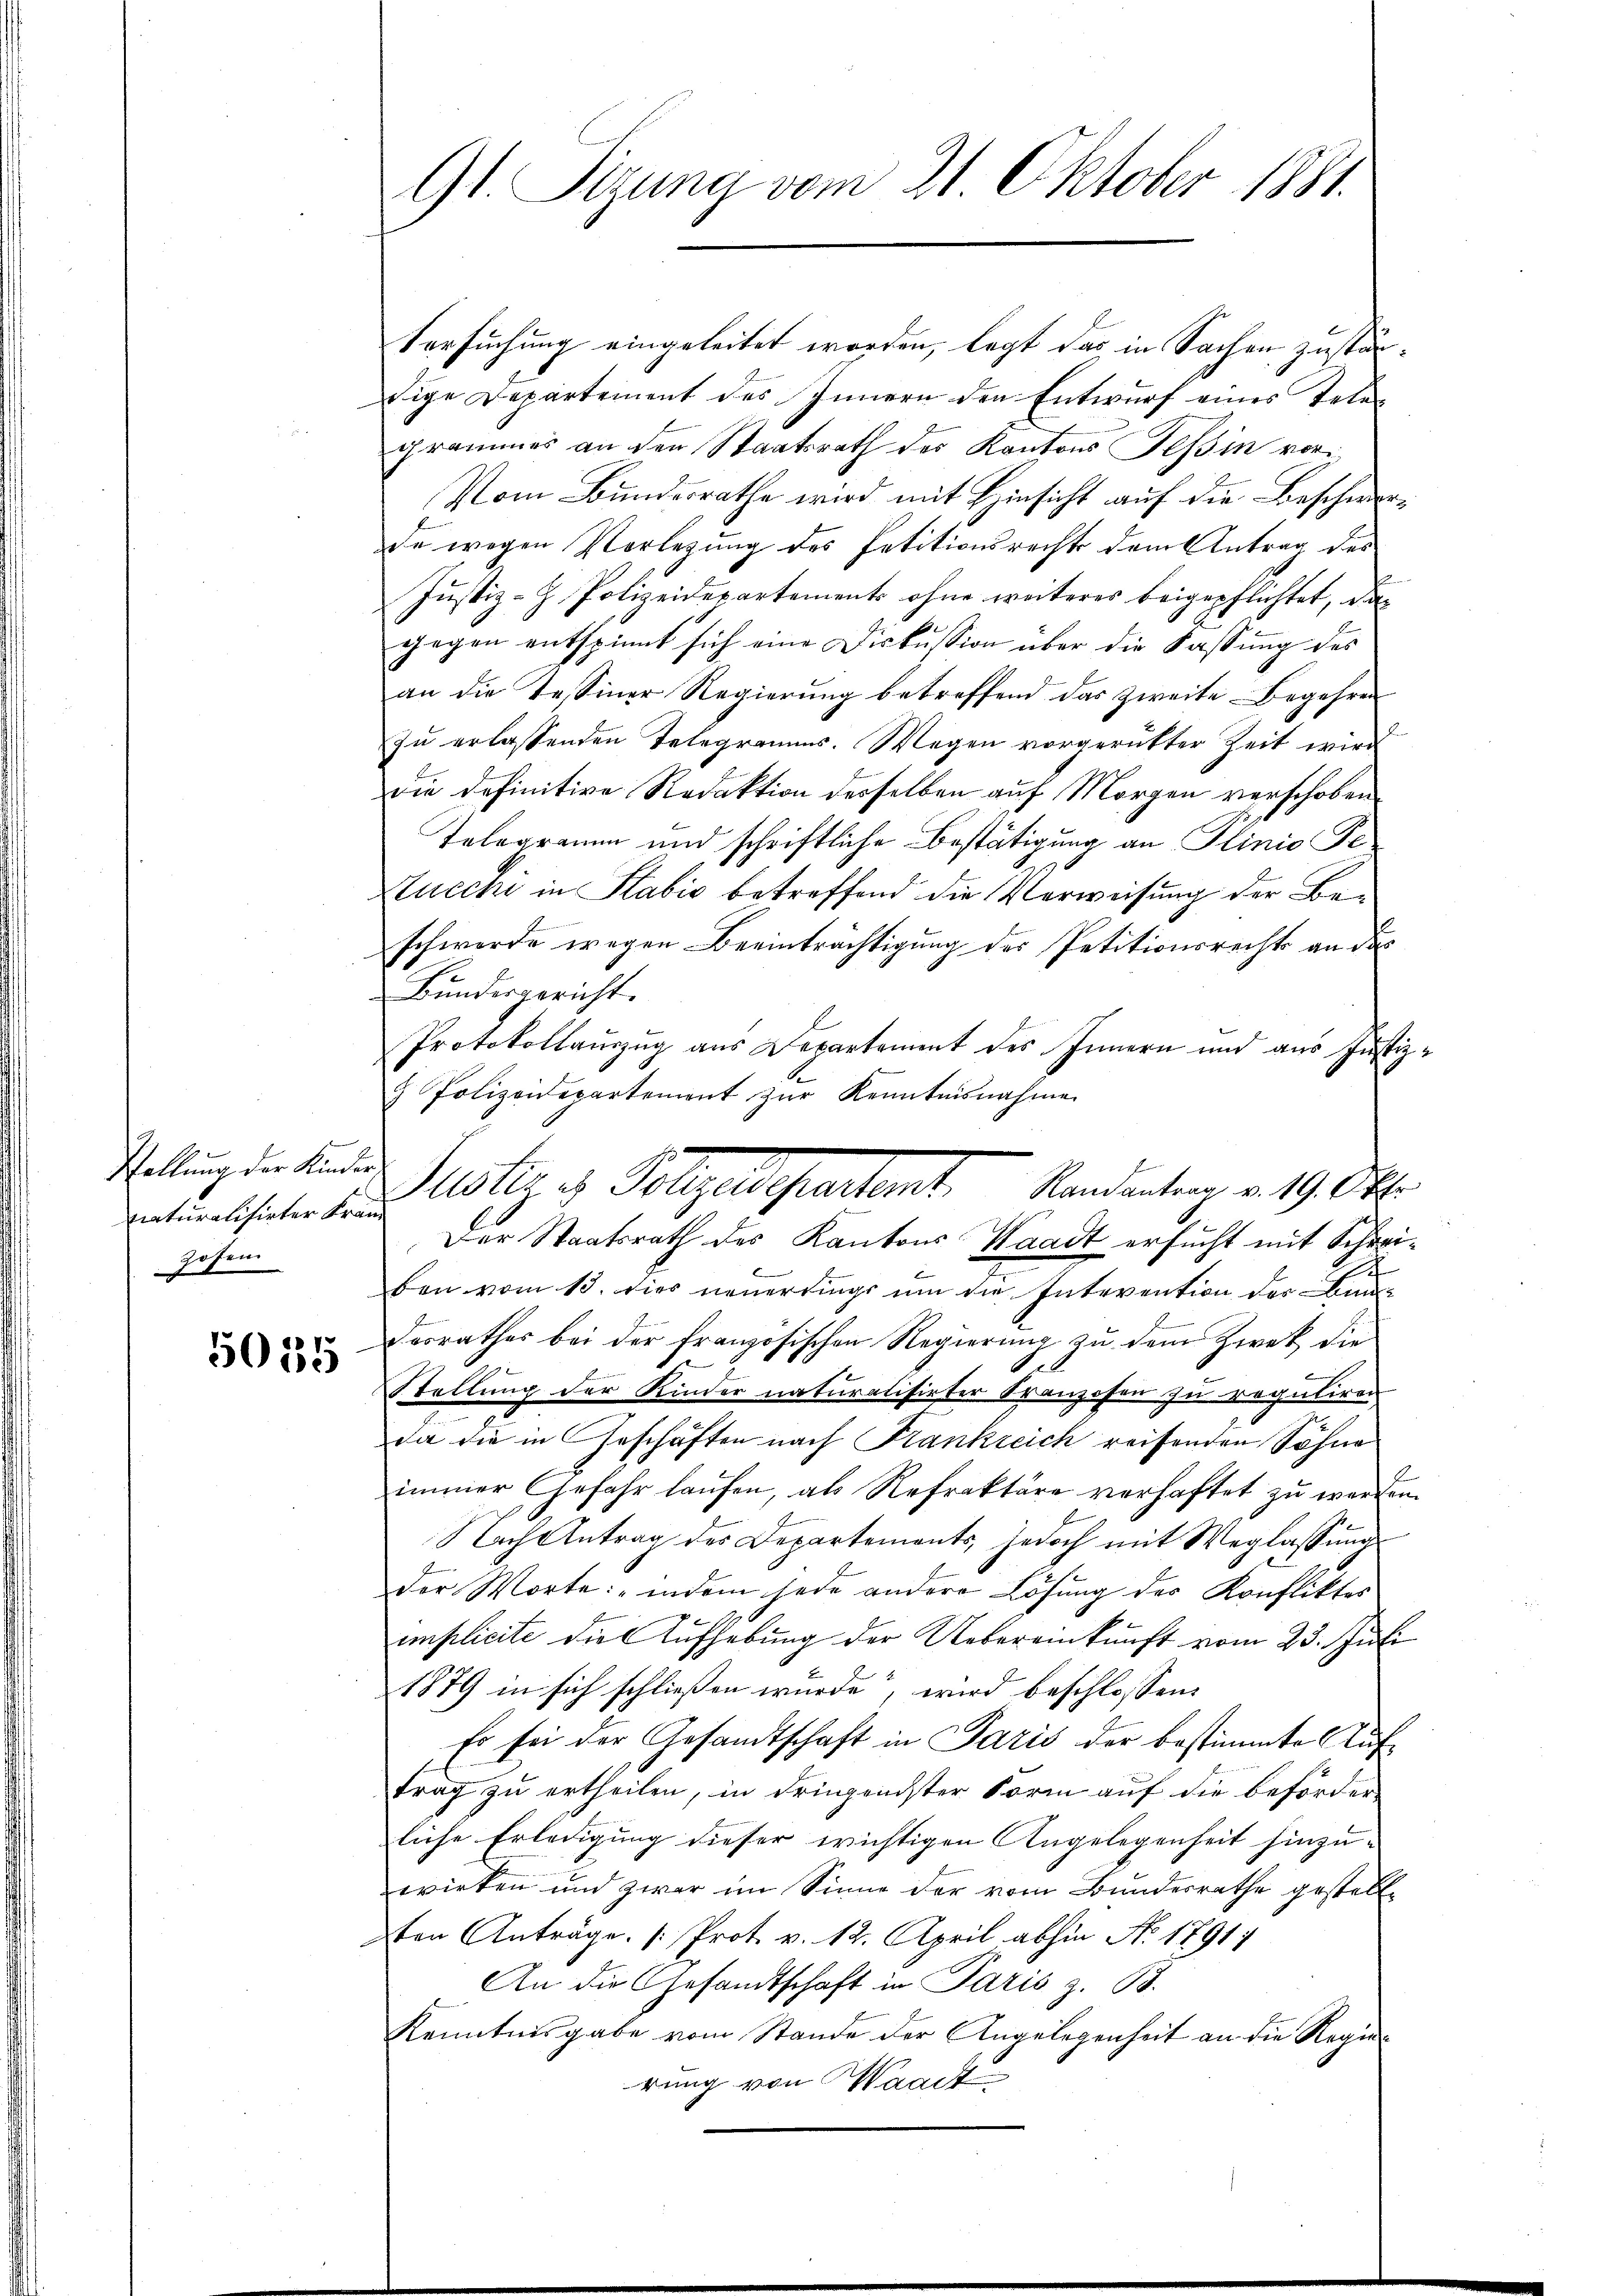
Stellung der Kinder
naturalisirter Fran
Hosen

5035

Versuchung eingeleitet worden, legt das in Sachen zuständige Departement des Innern den Entwurf eines Telegrammes an den Staatsrath des Kantons Tessin vori¬
Vom Bundesrathe wird mit Hinsicht auf die Beschwerde wegen Vorlegung des Petitionsrechts dem Antrag des
Justiz-H. Polizeidepartements ohne weiteres beigepflichtet, die
gegen entspinnt sich eine Diskussion über die Fassung des
an die Tessiner Regierŭng betreffend das zweite Begehren
zu erlassenden Telegramms. Wegen vorgerütter Zeit wird
die definitive Redaktion desselben auf Morgen verschoben.
Telegramm und schriftliche Bestätigung an Ilinio Pe
Stucchi in Stabić betreffend die Verweisung der Ben
schwerde wegen Beeinträchtigung des Petitionsrechts an das
Bundesgericht.
Protokollauszug aus Departement des Innern und aus Justiz¬
 Polizeidepartement zŭr Kenntnisnahme
Der Staatsrath des Kantons Waadt ersucht mit Schreiben vom 13. dies neuerdings um die Intevention der Bau¬
Dosrathes bei der französischen Regierung zu dem Zwek die
Stellung der Kinder naturalisirter Kranzosen zu reguliren
da die in Geschäften nach Krankreich reifenden Söhne
immer Gefahr laufen, als Refraktäre verhaftet zu werden.
Nach Antrag des Departements, jedoch mit Weglassung
der Worte: "indem jede andere Lösung des Konfliktes
implicite die Aufhebung der Uebereinkunft vom 23. Juli
1879 in sich schließen wurde, wird beschlossen:
Es sei der Gesandtschaft in Paris der bestimmte Auftrag zu ertheilen, in dringendster Form auf die Beförder
liche Erledigung dieser wichtigen Angelegenheit hinzu-
wirken und zwar im Sinne der vom Bundesrathe gestellsten Anträge [Prot. v. 12. April abhin No 1791
An die Gesandtschaft in Paris z. B.
Kenntnisgabe vom Stande der Angelegenheit an die Regierung von Waadt

91 Sizung vom 21. Oktober 1881.

str. 3. Folgelesentant. Mandenburg 1904.